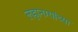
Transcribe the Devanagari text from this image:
लहानग्यांच्या